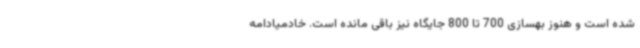
شده است و هنوز بهسازی 700 تا 800 جایگاه نیز باقی مانده است. خادمیادامه